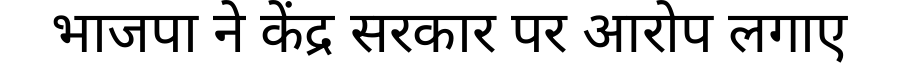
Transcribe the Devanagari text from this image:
भाजपा ने केंद्र सरकार पर आरोप लगाए